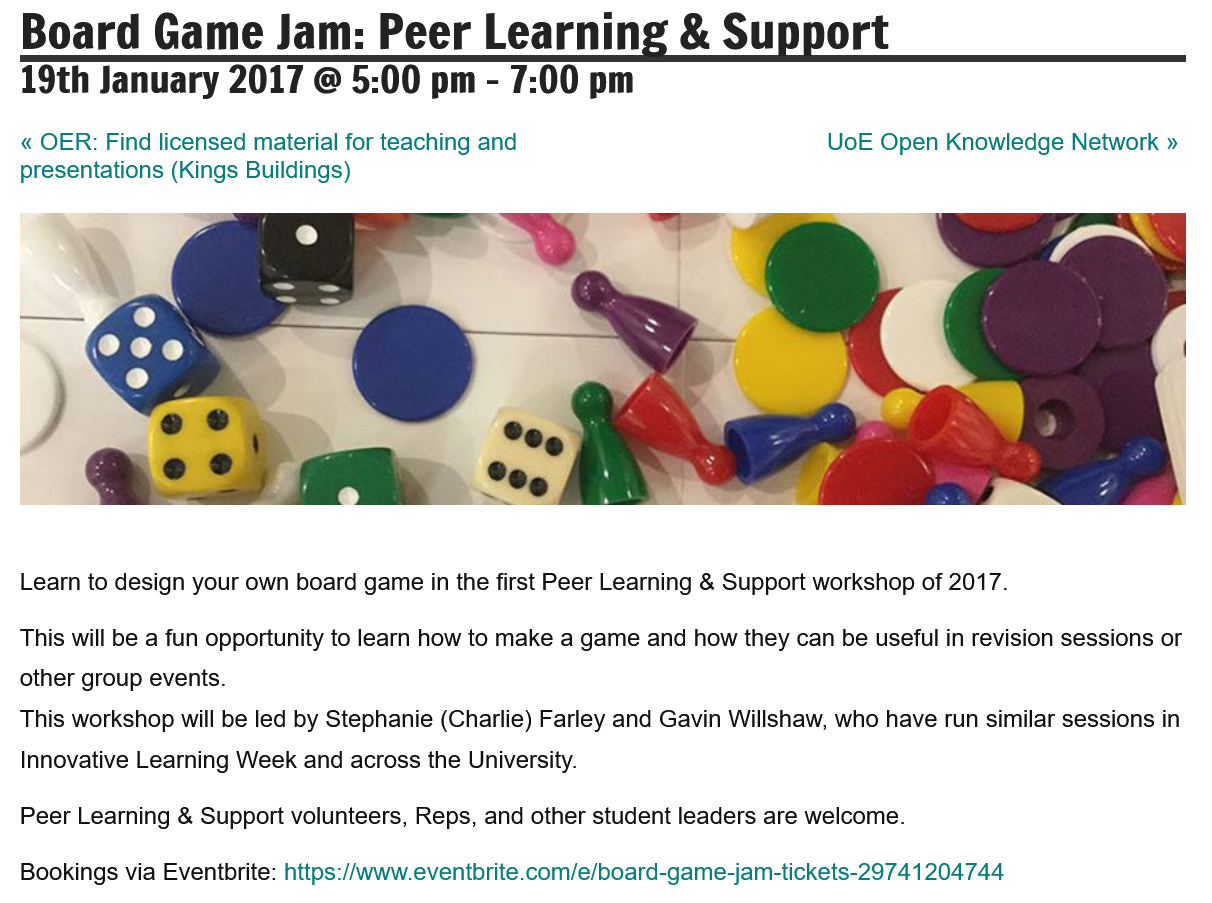
Peer Learning & Support volunteers, Reps, and other student leaders are welcome.
  Bookings via Eventbrite: https://www.eventbrite.com/e/board-game-jam-tickets-2974 1204744
  Board    Game   Jam:    Peer    Learning    &  Support
  19th  January   2017   @  5:00  pm
     -
     7:00  pm
  « OER: Find licensed material for teaching and
  presentations (Kings Buildings)
     UoE Open Knowledge Network »
  Learn to design your own board game in the first Peer Learning & Support workshop of 2017.
  This will be a fun opportunity to learn how to make a game and how they can be useful in revision sessions or
  other group events.
  This workshop will be led by Stephanie (Charlie) Farley and Gavin Willshaw, who have run similar sessions in
  Innovative Learning Week and across the University.